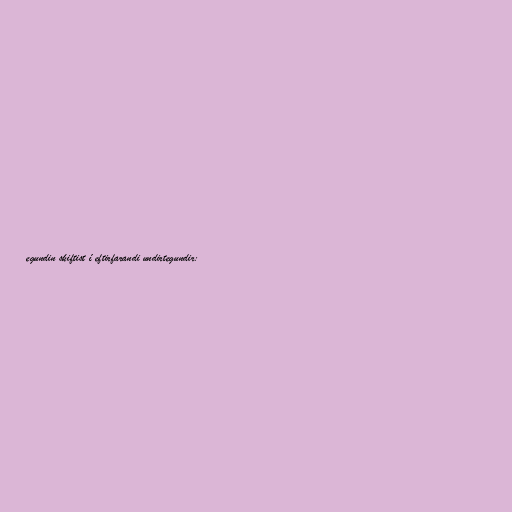
egundin skiftist í eftirfarandi undirtegundir: